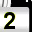
Digit: 2